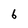
Character: 6